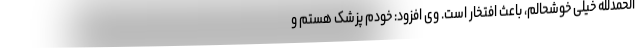
الحمدلله خیلی خوشحالم، باعث افتخار است. وی افزود: خودم پزشک هستم و